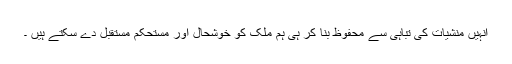
انہیں منشیات کی تباہی سے محفوظ بنا کر ہی ہم ملک کو خوشحال اور مستحکم مستقبل دے سکتے ہیں ۔